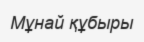
Мұнай құбыры